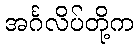
အင်္ဂလိပ်တို့က